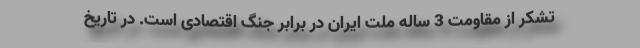
تشکر از مقاومت 3 ساله ملت ایران در برابر جنگ اقتصادی است. در تاریخ